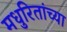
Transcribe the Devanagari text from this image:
मधुरितांच्या